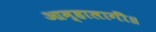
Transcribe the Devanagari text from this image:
आम्हालागीं॥